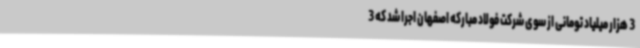
3 هزار میلیاد تومانی از سوی شرکت فولاد مبارکه اصفهان اجرا شد که 3